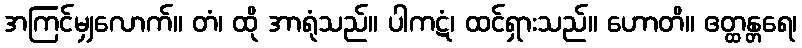
အကြင်မျှလောက်။ တံ၊ ထို အာရုံသည်။ ပါကဋံ၊ ထင်ရှားသည်။ ဟောတိ။ ဧတ္ထန္တရေ၊